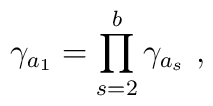
\gamma_{a_1}=\prod_{s=2}^{b} \gamma_{a_s}~,